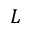
L